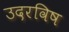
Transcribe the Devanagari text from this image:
उदरविष